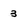
Character: 3